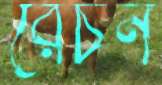
রেচন